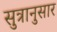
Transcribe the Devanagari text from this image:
सुत्रानुसार